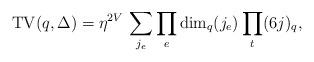
LaTeX: \begin{align*}{\rm TV}(q,\Delta) = \eta^{2V}\,\sum_{j_e} \prod_e {\rm dim}_q(j_e) \prod_t (6j)_q,\end{align*}